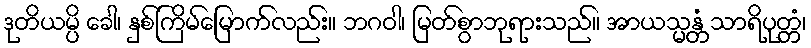
ဒုတိယမ္ပိ ခေါ၊ နှစ်ကြိမ်မြောက်လည်း။ ဘဂဝါ၊ မြတ်စွာဘုရားသည်။ အာယသ္မန္တံ သာရိပုတ္တံ၊